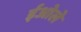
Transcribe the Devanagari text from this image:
ईओले